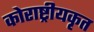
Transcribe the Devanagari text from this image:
कोराष्ट्रीयकृत